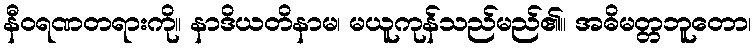
နီဝရဏတရားကို။ နာဒိယတိနာမ၊ မယူကုန်သည်မည်၏။ အဓိမတ္တဘူတော၊